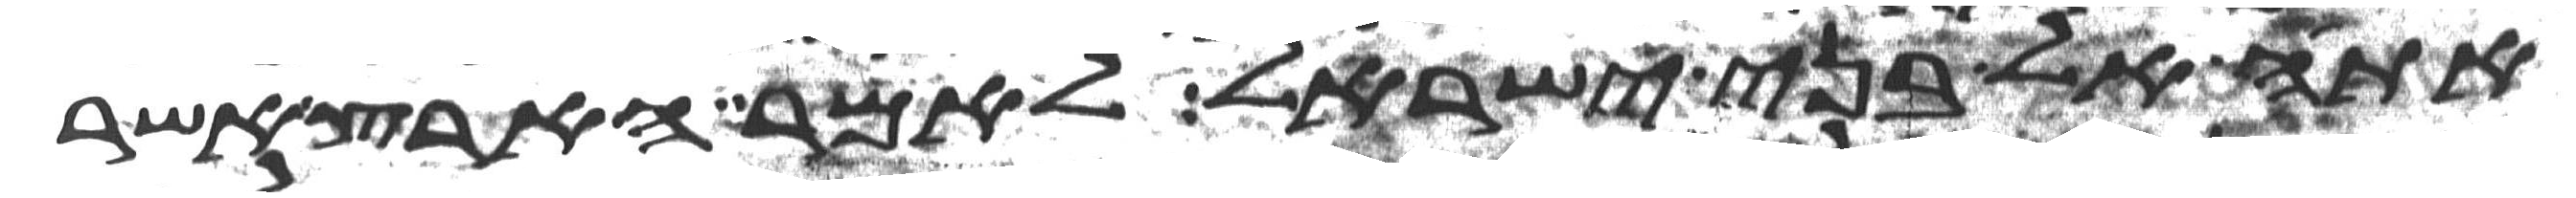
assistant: אתה אל בני ישראל לאמר הארץ אשר